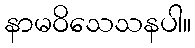
နာမဝိသေသနပါ။